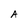
Character: A